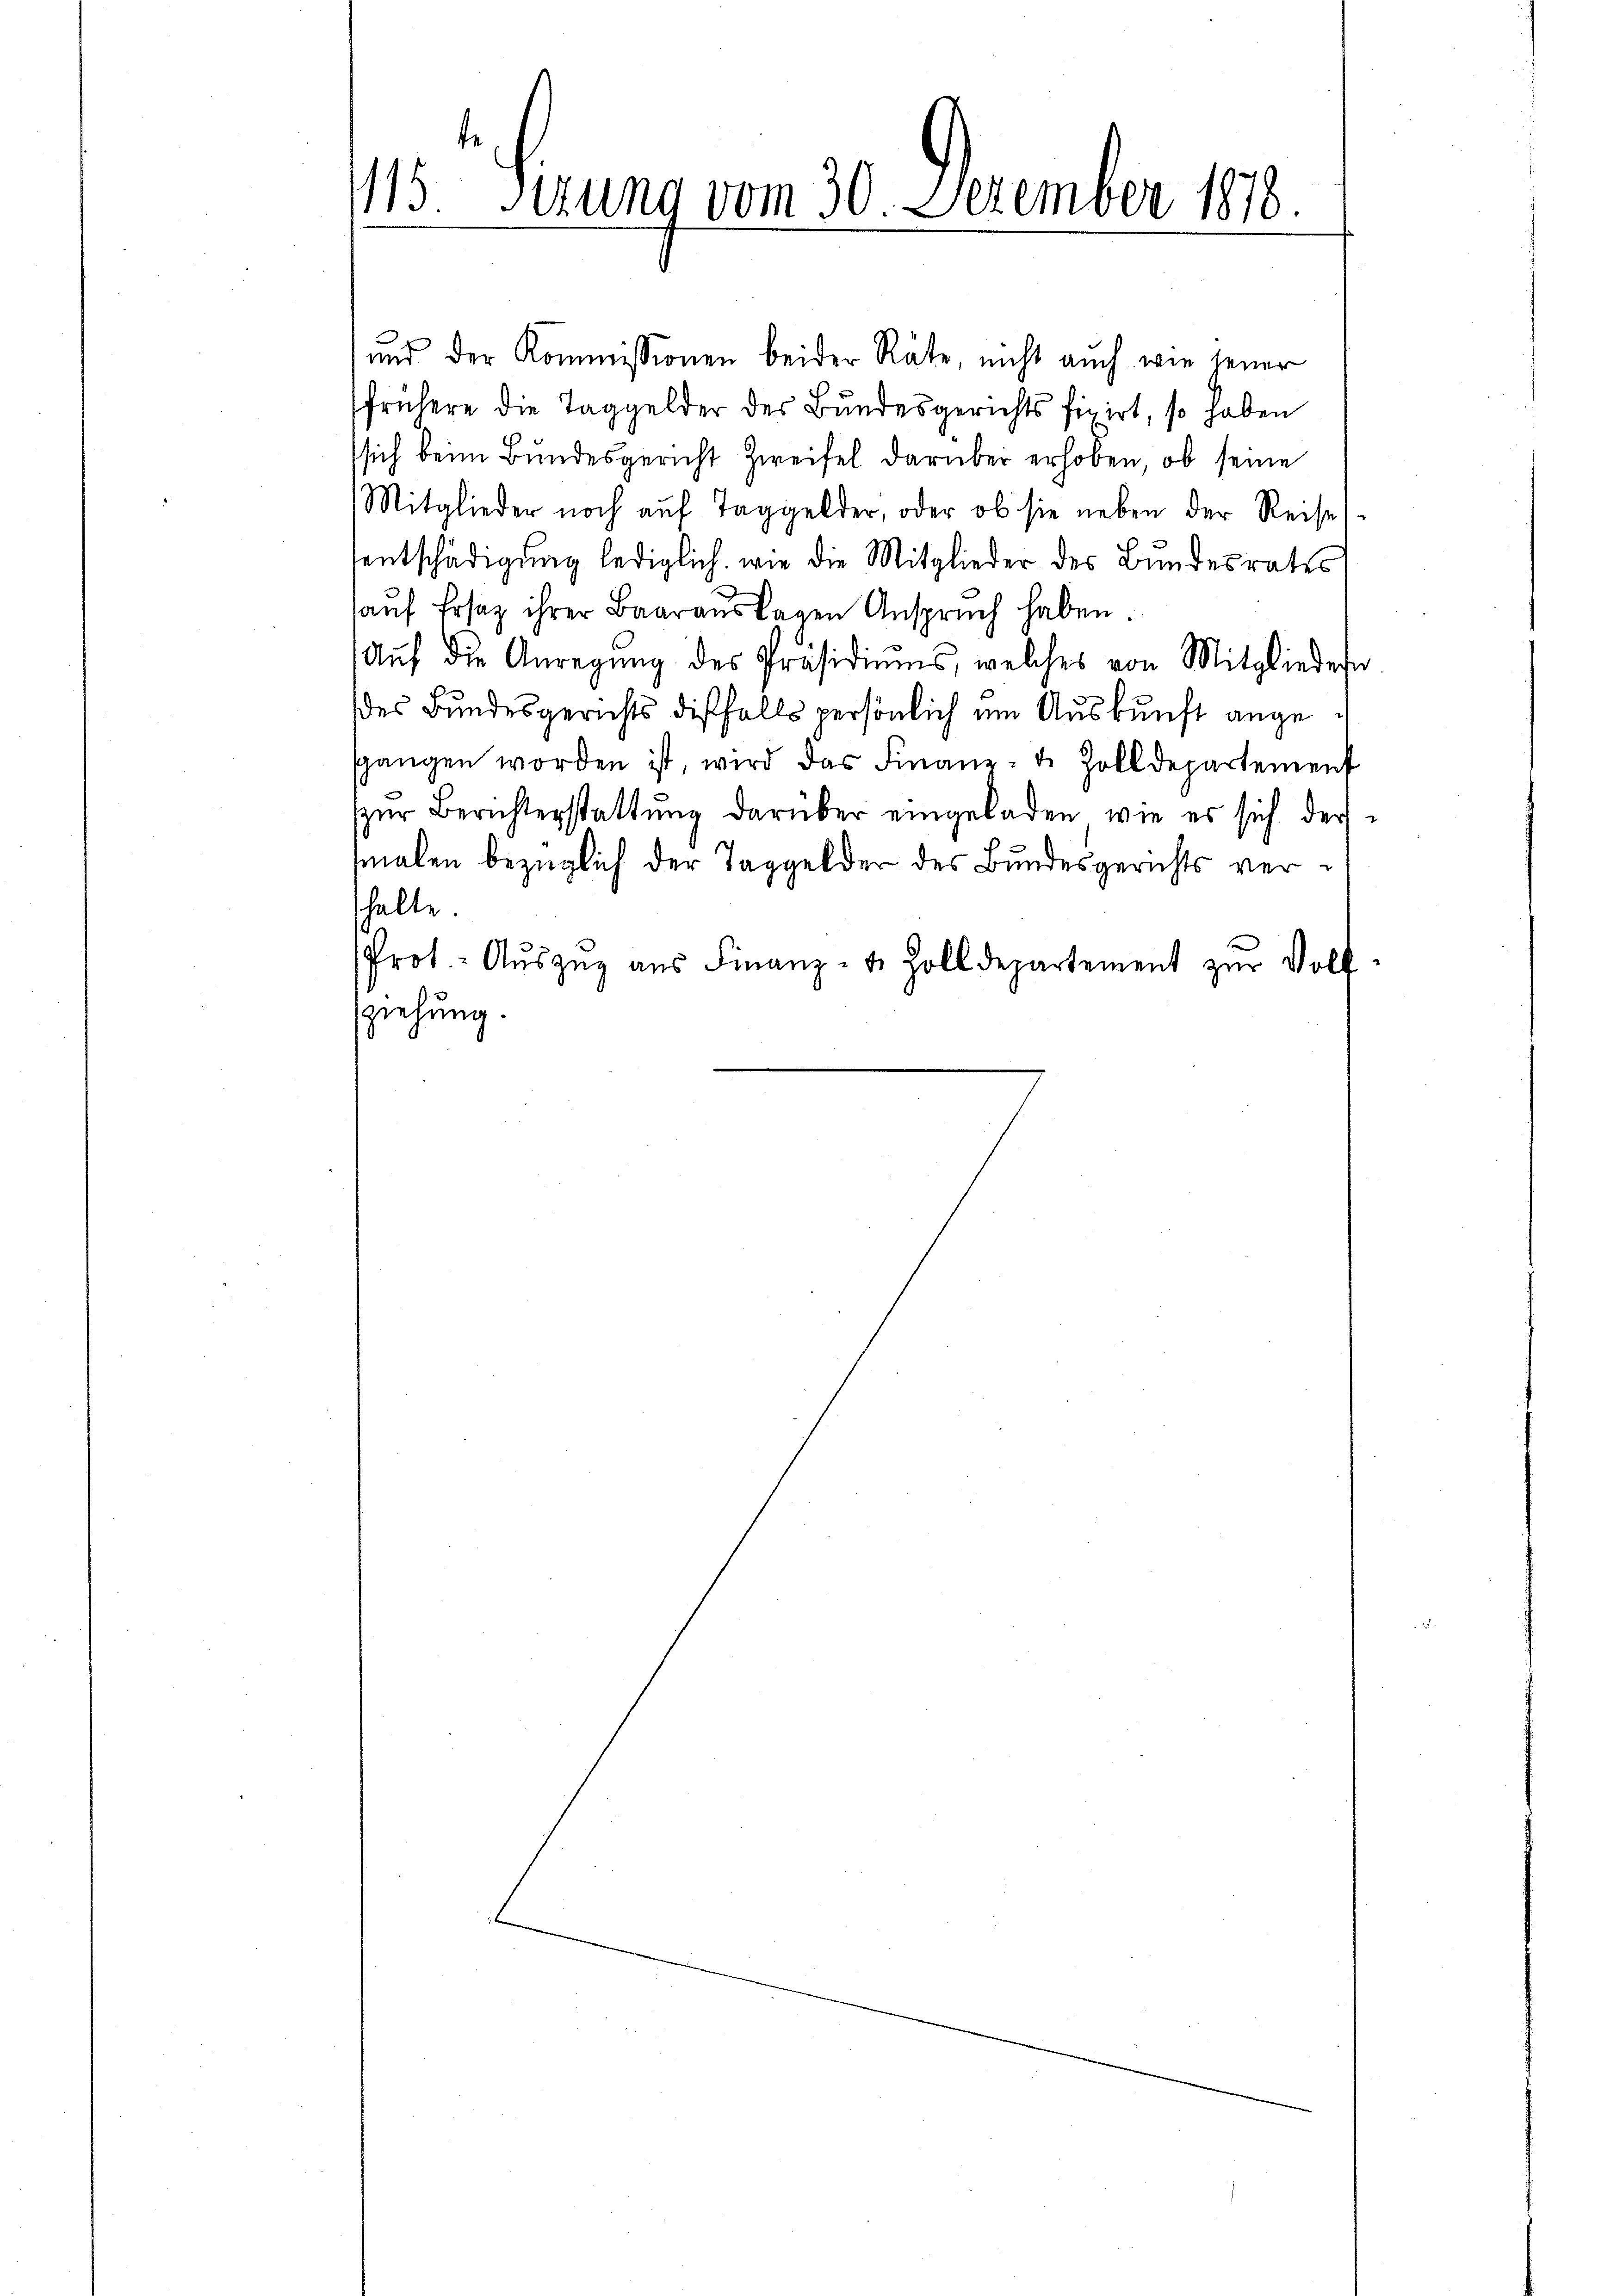
115. Gerung vom 30. Dezember 1878.

und der Kommissionen beider Räte, nicht auch wie jener
frühere die Taggelder des Bundesgerichts fixirt, so haben
sich beim Bundesgericht Zweifel darüber erhoben, ob seine
Mitglieder noch aŭf Taggelder, oder ob sie neben der Reise
sentschädigung lediglich, wie die Mitglieder des Bundesrates
auf Ersatz ihrer Baarauslagen Anspruch haben.
Aŭf die Anregŭng des Präsidiums, welches von Mitgliedern
des Bundesgerichts dißfalls persönlich um Auskunft angesgangen worden ist, wird das Finanz- u. Zolldepartement
zŭr Berichterstattung darüber eingeladen, wie es sich dermalen bezüglich der Taggelder des Bundesgerichts vershalte.
Prot. - Auszug aus Finanz- u. Zolldepartement zur Volk
ziehung.